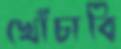
খোঁচাবি